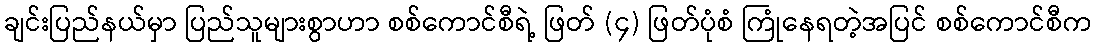
ချင်းပြည်နယ်မှာ ပြည်သူများစွာဟာ စစ်ကောင်စီရဲ့ ဖြတ် (၄) ဖြတ်ပုံစံ ကြုံနေရတဲ့အပြင် စစ်ကောင်စီက